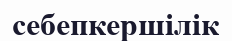
себепкершілік